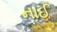
નાઈ